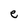
Character: e